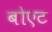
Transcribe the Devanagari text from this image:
बोएट